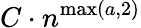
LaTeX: C\cdot n^{\operatorname*{max}(a,2)}